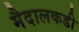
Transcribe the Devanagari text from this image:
मैदालकडी